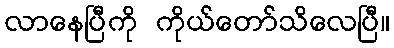
လာနေပြီကို ကိုယ်တော်သိလေပြီ။